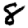
Digit: 8